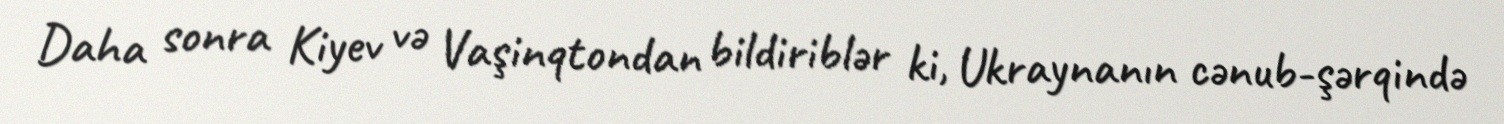
Daha sonra Kiyev və Vaşinqtondan bildiriblər ki, Ukraynanın cənub-şərqində